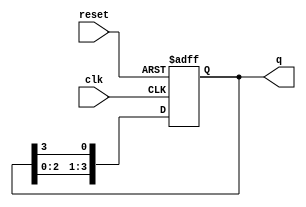
module bistable_ring_counter #(
    parameter N = 4  // Number of flip-flops
)(
    input wire clk,         // Clock input
    input wire reset,       // Asynchronous reset input
    output reg [N-1:0] q    // Output state of the counter
);

// Initial state
initial begin
    q = 1'b1; // Set the first flip-flop high
end

// Sequential logic for the ring counter
always @(posedge clk or posedge reset) begin
    if (reset) begin
        q <= 1'b1; // Reset to the initial state
    end else begin
        q <= {q[N-2:0], q[N-1]}; // Shift the high state to the next flip-flop
    end
end

endmodule